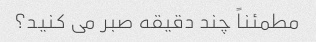
مطمئناً چند دقیقه صبر می کنید؟